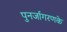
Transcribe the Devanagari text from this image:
पुनर्जागरणके